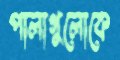
পালাগুলোকে